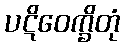
ပဋိဝေက္ခိတုံ